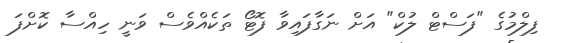
ފިލްމުގެ "ފަސްޓް ލުކް" އަށް ނަގާފައިވާ ފޮޓޯ ތަކެއްވެސް ވަނީ ހިއްސާ ކޮށްފަ